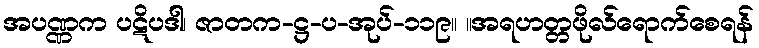
အပဏ္ဏက ပဋိပဒါ၊ ဇာတက-ဋ္ဌ-ပ-အုပ်-၁၁၉။ ။အရဟတ္တဖိုလ်ရောက်စေရန်